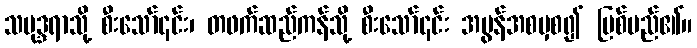
သမုဒ္ဒရာသို့ စီးသော်၎င်း၊ တဖက်ဆည်ကန်သို့ စီးသော်၎င်း အမွန်အစမှစ၍ မြစ်မည်၏။